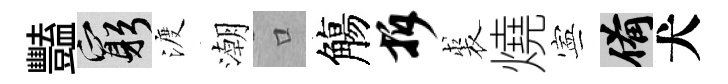
豔窮渡潮口觴拆裘燒寕備犬